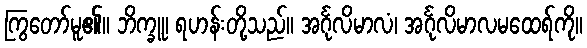
ကြွတော်မူ၏။ ဘိက္ခူ၊ ရဟန်းတို့သည်။ အင်္ဂုလိမာလံ၊ အင်္ဂုလိမာလမထေရ်ကို။